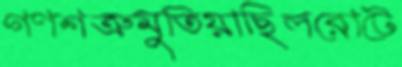
গণশত্রুমুতিয়াছিলরোটে